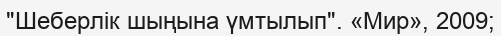
"Шеберлік шыңына үмтылып". «Мир», 2009;